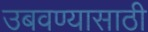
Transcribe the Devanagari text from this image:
उबवण्यासाठी